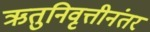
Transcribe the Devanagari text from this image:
ऋतुनिवृत्तीनंतर